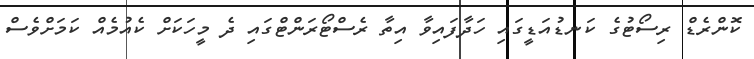
ކޮންރެޑް ރިސޯޓުގެ ކަނޑުއަޑީގައި ހަދާފައިވާ އިތާ ރެސްޓޯރަންޓްގައި ދެ މީހަކަށް ކެއުމެއް ކަމަށްވެސް